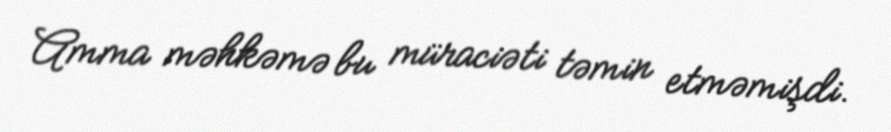
Amma məhkəmə bu müraciəti təmin etməmişdi.